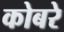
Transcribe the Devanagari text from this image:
कोबरे